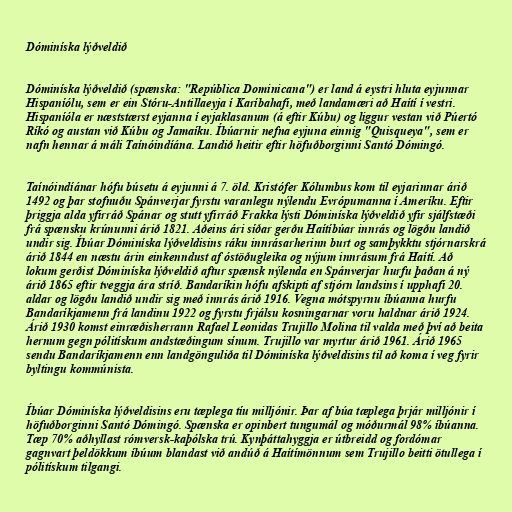
Dóminíska lýðveldið

Dóminíska lýðveldið (spænska: "República Dominicana") er land á eystri hluta eyjunnar
Hispaníólu, sem er ein Stóru-Antillaeyja í Karíbahafi, með landamæri að Haítí í vestri.
Hispaníóla er næststærst eyjanna í eyjaklasanum (á eftir Kúbu) og liggur vestan við Púertó
Ríkó og austan við Kúbu og Jamaíku. Íbúarnir nefna eyjuna einnig "Quisqueya", sem er
nafn hennar á máli Taínóindíána. Landið heitir eftir höfuðborginni Santó Dómingó.

Taínóindíánar hófu búsetu á eyjunni á 7. öld. Kristófer Kólumbus kom til eyjarinnar árið
1492 og þar stofnuðu Spánverjar fyrstu varanlegu nýlendu Evrópumanna í Ameríku. Eftir
þriggja alda yfirráð Spánar og stutt yfirráð Frakka lýsti Dóminíska lýðveldið yfir sjálfstæði
frá spænsku krúnunni árið 1821. Aðeins ári síðar gerðu Haítíbúar innrás og lögðu landið
undir sig. Íbúar Dóminíska lýðveldisins ráku innrásarherinn burt og samþykktu stjórnarskrá
árið 1844 en næstu árin einkenndust af óstöðugleika og nýjum innrásum frá Haítí. Að
lokum gerðist Dóminíska lýðveldið aftur spænsk nýlenda en Spánverjar hurfu þaðan á ný
árið 1865 eftir tveggja ára stríð. Bandaríkin hófu afskipti af stjórn landsins í upphafi 20.
aldar og lögðu landið undir sig með innrás árið 1916. Vegna mótspyrnu íbúanna hurfu
Bandaríkjamenn frá landinu 1922 og fyrstu frjálsu kosningarnar voru haldnar árið 1924.
Árið 1930 komst einræðisherrann Rafael Leonidas Trujillo Molina til valda með því að beita
hernum gegn pólitískum andstæðingum sínum. Trujillo var myrtur árið 1961. Árið 1965
sendu Bandaríkjamenn enn landgönguliða til Dóminíska lýðveldisins til að koma í veg fyrir
byltingu kommúnista.

Íbúar Dóminíska lýðveldisins eru tæplega tíu milljónir. Þar af búa tæplega þrjár milljónir í
höfuðborginni Santó Dómingó. Spænska er opinbert tungumál og móðurmál 98% íbúanna.
Tæp 70% aðhyllast rómversk-kaþólska trú. Kynþáttahyggja er útbreidd og fordómar
gagnvart þeldökkum íbúum blandast við andúð á Haítímönnum sem Trujillo beitti ötullega í
pólitískum tilgangi.